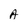
Character: A